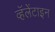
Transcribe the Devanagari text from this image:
व्हॅलेंटाइन